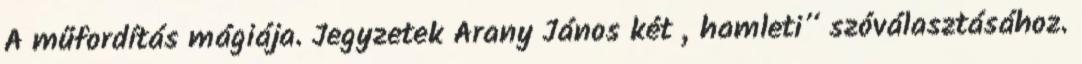
A műfordítás mágiája. Jegyzetek Arany János két „hamleti” szóválasztásához.